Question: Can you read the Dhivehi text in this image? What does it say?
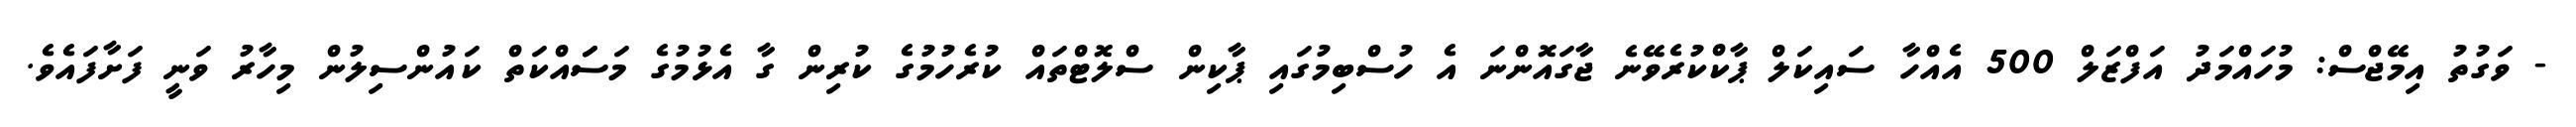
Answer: - ވަގުތު އިމޭޖްސް: މުހައްމަދު އަފްޒަލް 500 އެއްހާ ސައިކަލް ޕާކްކުރެވޭނެ ޖާގައޮންނަ އެ ހުސްބިމުގައި ޕާކިން ސްލޮޓްތައް ކުރެހުމުގެ ކުރިން ގާ އެޅުމުގެ މަސަައްކަތް ކައުންސިލުން މިހާރު ވަނީ ފަށާފައެވެ.